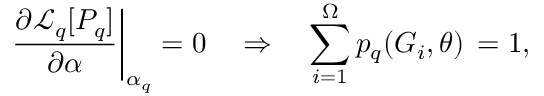
\left. \frac { \partial \mathcal { L } _ { q } [ P _ { q } ] } { \partial \alpha } \right| _ { \alpha _ { q } } = 0 \quad \Rightarrow \quad \sum _ { i = 1 } ^ { \Omega } p _ { q } ( G _ { i } , \theta ) \, = 1 ,